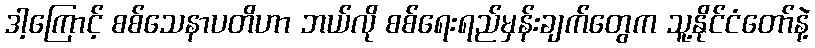
ဒါ့ကြောင့် စစ်သေနာပတိဟာ ဘယ်လို စစ်ရေးရည်မှန်းချက်တွေက သူ့နိုင်ငံတော်နဲ့